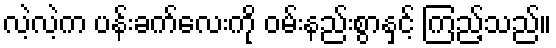
လဲ့လဲ့က ပန်းခက်လေးကို ဝမ်းနည်းစွာနှင့် ကြည့်သည်။